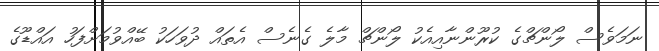
ނަމަވެސް ލޯންޗްގެ ކުރޫންނާއިއެކު ލޯންޗް މާލެ ގެނެސް އެތައް ދުވަހަކު ބޭއްވުމަށްފަހު އައްޑޫގެ